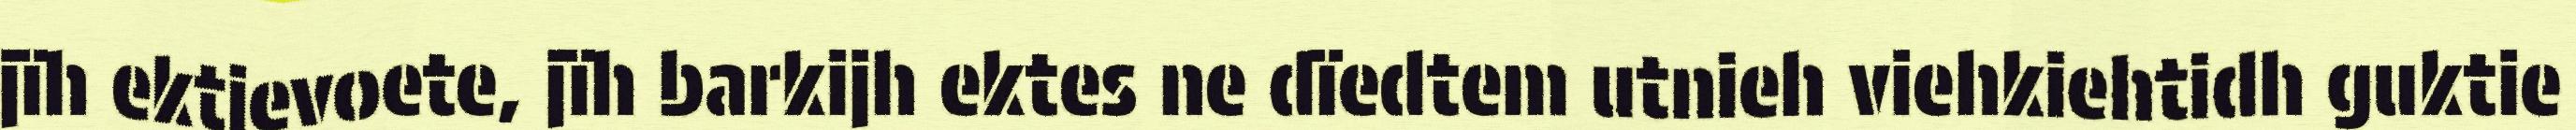
jïh ektievoete, jïh barkijh ektes ne dïedtem utnieh viehkiehtidh guktie